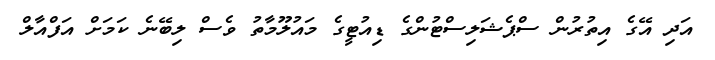
އަދި އޭގެ އިތުރުން ސްޕެޝަލިސްޓުންގެ ޑިއުޓީގެ މައުލޫމާތު ވެސް ލިބޭނެ ކަމަށް އަފްއާލް